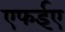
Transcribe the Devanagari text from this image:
एफईए